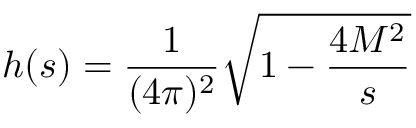
h ( s ) = \frac 1 { ( 4 \pi ) ^ { 2 } } \sqrt { 1 - \frac { 4 M ^ { 2 } } s }